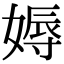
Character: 媷